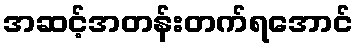
အဆင့်အတန်းတက်ရအောင်